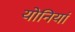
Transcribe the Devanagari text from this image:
योनियां